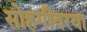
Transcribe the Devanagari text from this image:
सोहगीवरवा